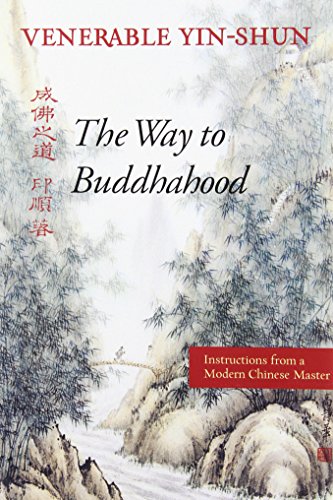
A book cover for The Way to Buddhahood: Instructions from a Modern Chinese Master; Venerable Yin-shun; Religion & Spirituality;